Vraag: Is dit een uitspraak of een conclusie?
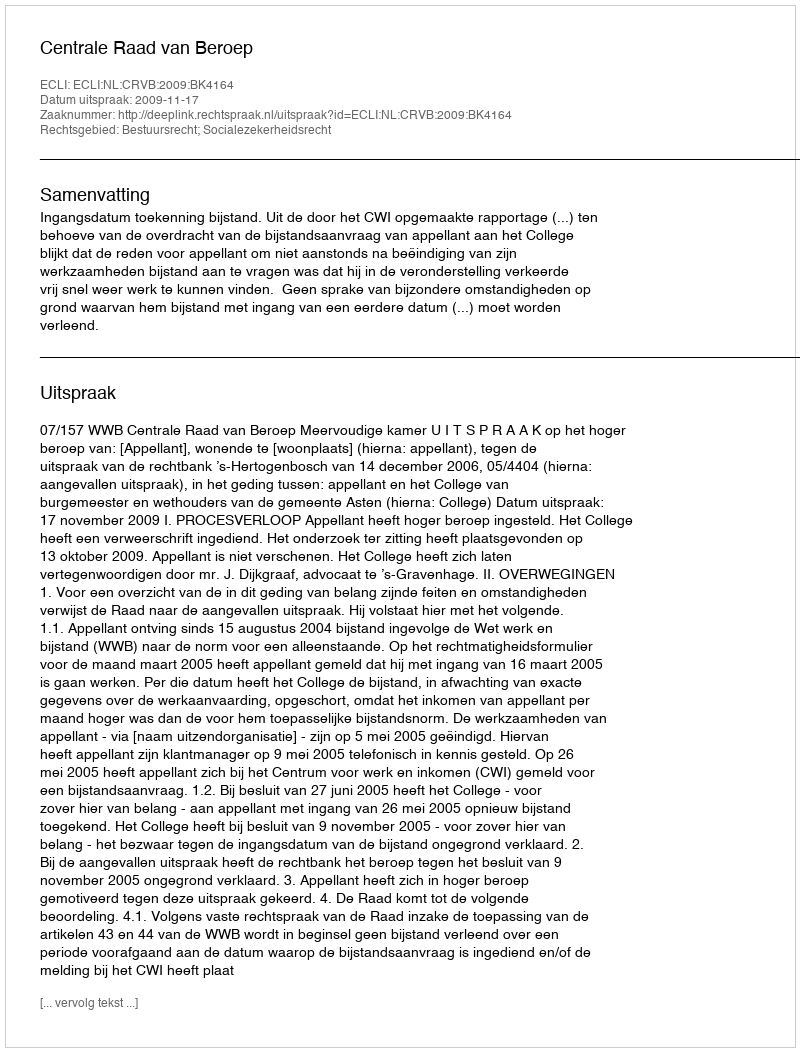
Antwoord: Uitspraak